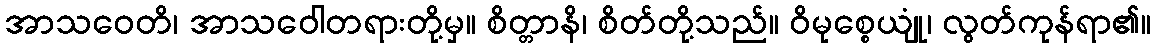
အာသဝေတိ၊ အာသဝေါတရားတို့မှ။ စိတ္တာနိ၊ စိတ်တို့သည်။ ဝိမုစ္စေယျုံ၊ လွတ်ကုန်ရာ၏။